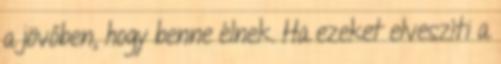
a jövőben, hogy benne élnek. Ha ezeket elveszíti a